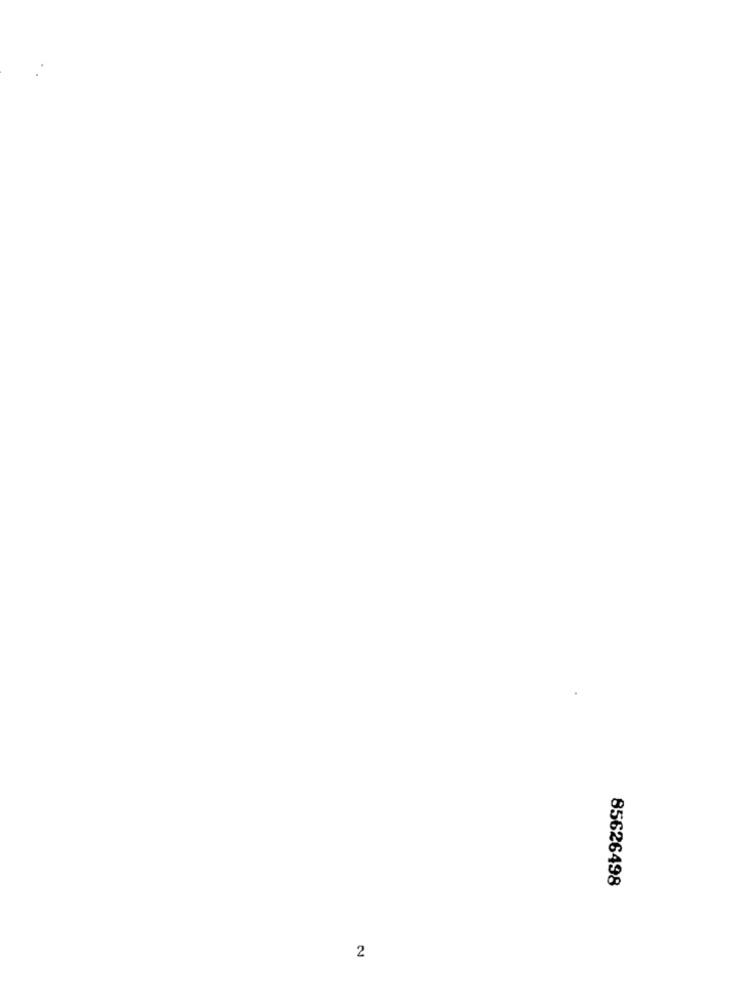
85626498
2